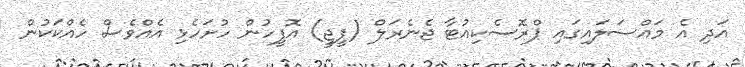
އަދި އެ މައްސަލައިގައި ޕްރޮސެކިއުޓާ ޖެނެރަލް (ޕީޖީ) އޮފީހުން ހުށަހެޅި އެއްވެސް ހެއްކަކުން